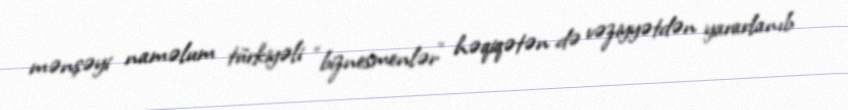
mənşəyi naməlum türkiyəli “biznesmenlər” həqiqətən də vəziyyətdən yararlanıb